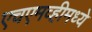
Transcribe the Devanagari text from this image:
एचएमव्हीमध्ये